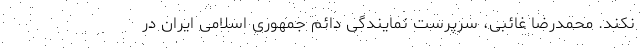
نکند. محمدرضا غائبی، سرپرست نمایندگی دائم جمهوری اسلامی ایران در